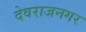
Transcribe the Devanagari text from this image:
देवराजनगर